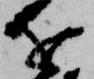
を